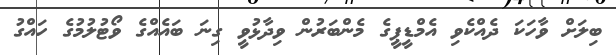
ބިލަށް ވާހަކަ ދެއްކެވި އެމްޑީޕީގެ މެންބަރުން ވިދާޅުވީ ގިނަ ބައެއްގެ ވޯޓުލުމުގެ ހައްގު